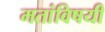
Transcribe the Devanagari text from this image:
मतांविषयी